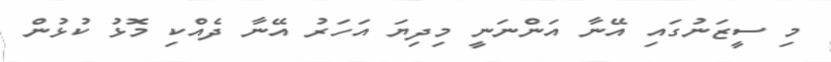
މި ސީޒަނުގައި އޭނާ އަންނަނީ މިދިޔަ އަހަރު އޭނާ ދެއްކި މޮޅު ކުޅުން